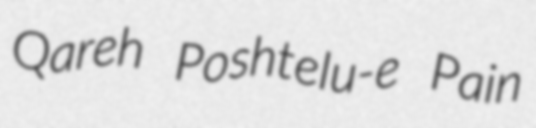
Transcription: Qareh Poshtelu-e Pain